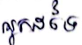
អ្នកដទៃ